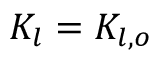
K _ { l } = K _ { l , o }